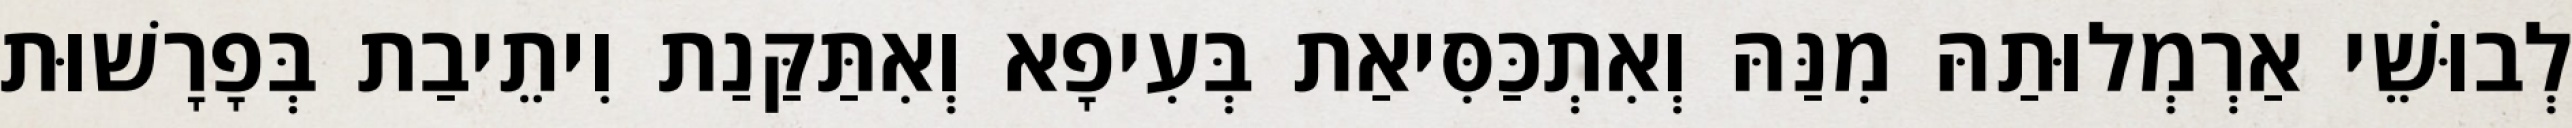
לְבוּשֵׁי אַרְמְלוּתַהּ מִנַּהּ וְאִתְכַּסִּיאַת בְּעִיפָא וְאִתַּקַּנַת וִיתֵיבַת בְּפָרָשׁוּת